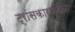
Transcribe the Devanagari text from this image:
ट्रांसकारपथिया